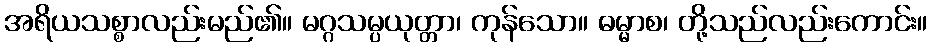
အရိယသစ္စာလည်းမည်၏။ မဂ္ဂသမ္ပယုတ္တာ၊ ကုန်သော။ ဓမ္မာစ၊ တို့သည်လည်းကောင်း။